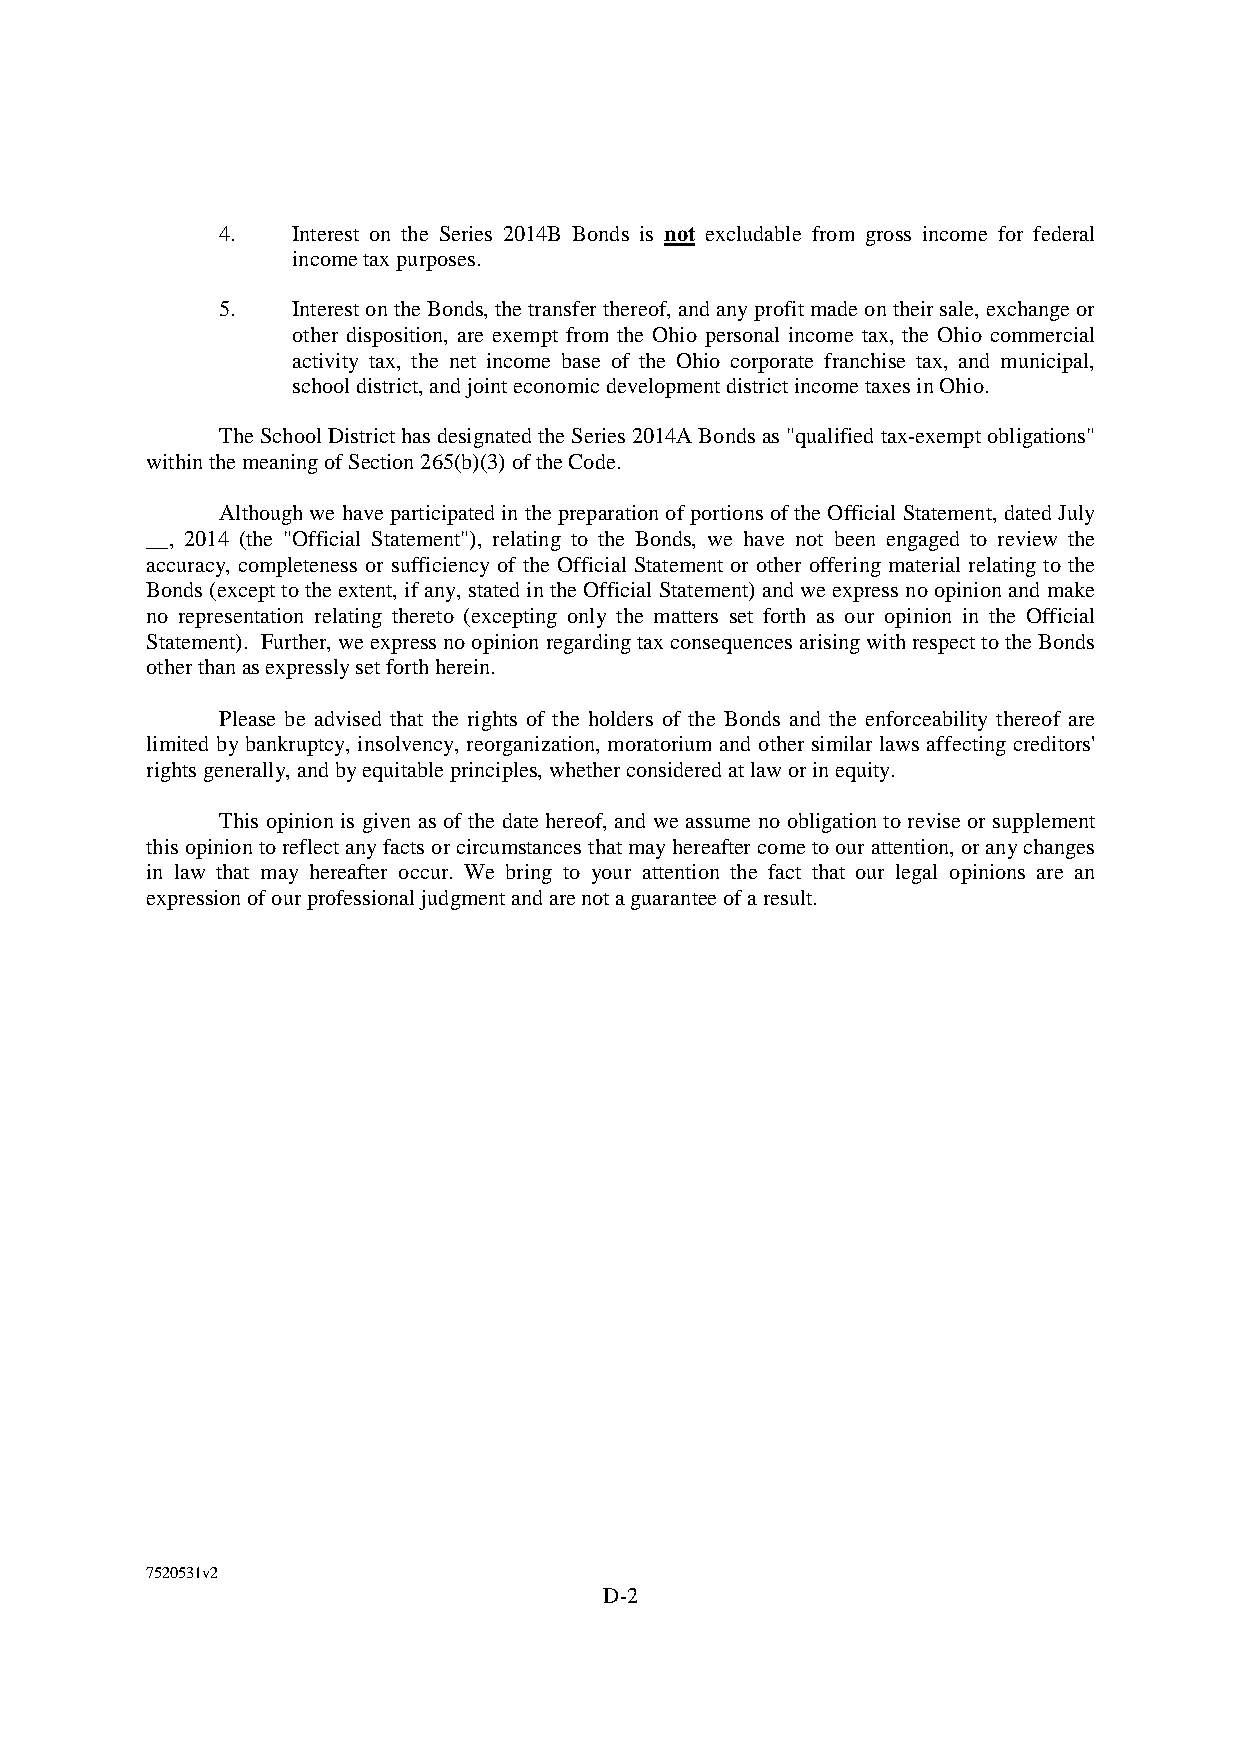
4.   Interest on the Series 2014B Bonds is not excludable from gross income for federal
 incometaxpurposes.
 5.   Interest ontheBonds,thetransfer thereof, and anyprofitmadeontheirsale, exchangeor
 other disposition, are exempt from the Ohio personal income tax, the Ohio commercial
 activity tax, the net income base of the Ohio corporate franchise tax, and municipal,
 schooldistrict,andjointeconomicdevelopmentdistrictincometaxesinOhio.
 TheSchoolDistricthasdesignatedtheSeries 2014ABonds as "qualified tax-exempt obligations"
 withinthemeaningofSection265(b)(3)oftheCode.
 Althoughwe haveparticipatedin thepreparationofportions oftheOfficial Statement, datedJuly
 __, 2014 (the "Official Statement"), relating to the Bonds, we have not been engaged to review the
 accuracy, completeness or sufficiency of the Official Statement or other offering material relating to the
 Bonds(excepttotheextent, ifany, statedintheOfficial Statement) andweexpress noopinion andmake
 no representation relating thereto (excepting only the matters set forth as our opinion in the Official
 Statement). Further, weexpressnoopinionregardingtaxconsequencesarisingwithrespecttotheBonds
 otherthanasexpresslysetforthherein.
 Please be advised that the rights of the holders of the Bonds and the enforceability thereof are
 limited bybankruptcy, insolvency, reorganization, moratorium and other similar laws affecting creditors'
 rightsgenerally,andbyequitableprinciples,whetherconsideredatlaworinequity.
 This opinion is given as of the date hereof, and we assume no obligation to revise or supplement
 this opiniontoreflectanyfactsorcircumstancesthatmayhereafter cometoourattention,oranychanges
 in law that may hereafter occur. We bring to your attention the fact that our legal opinions are an
 expressionofourprofessionaljudgmentandarenotaguaranteeofaresult.
 7520531v2
 D-2